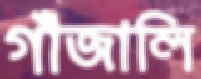
গাঁজালি